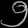
Digit: ၅